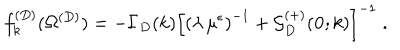
f _ { k } ^ { ( D ) } ( \Omega ^ { ( { D } ) } ) = - \Gamma _ { { D } } ( k ) \left[ \left( \lambda \, \mu ^ { \epsilon } \right) ^ { - 1 } + { \mathcal G } _ { { D } } ^ { ( + ) } ( { \bf 0 } ; k ) \right] ^ { - 1 } \; .